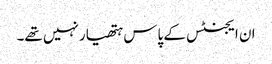
ان ایجنٹس کے پاس ہتھیار نہیں تھے۔